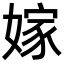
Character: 嫁